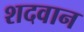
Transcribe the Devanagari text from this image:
शदवान